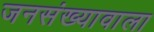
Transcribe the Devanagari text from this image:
जनसंख्यावाला